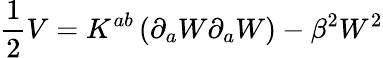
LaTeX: \frac{1}{2}V=K^{ab}\left(\partial_{a}W\partial_{a}W\right)-\beta^{2}W^{2}